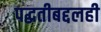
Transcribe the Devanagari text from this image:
पद्धतीबद्दलही